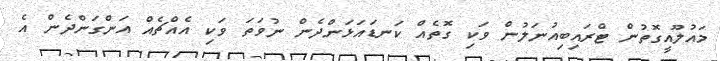
މައުލޫއީގޮތުން ޓްރައިބިއުނަލުން ވަކި ގޮތެއް ކަނޑައަޅަންދެން ނުވަތަ ވަކި އެއްޗެއް އަންގަންދެން އެ